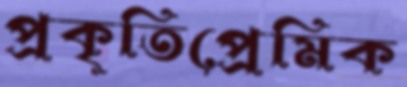
প্রকৃতিপ্রেমিক